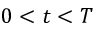
0 < t < T